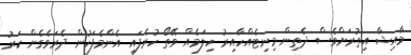
މާއިޝާ އިތުރަށްވެސް ދެތިން މިނިޓެއްހާއިރު ހިލަމެއް ވޭތޯ ހުރެފައި އެންމެފަހުން ދެރަވެގެން ކަރު